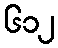
၆၁၂